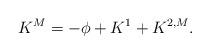
LaTeX: \begin{align*}K^{M}=-\phi+K^{1}+K^{2,M}.\end{align*}